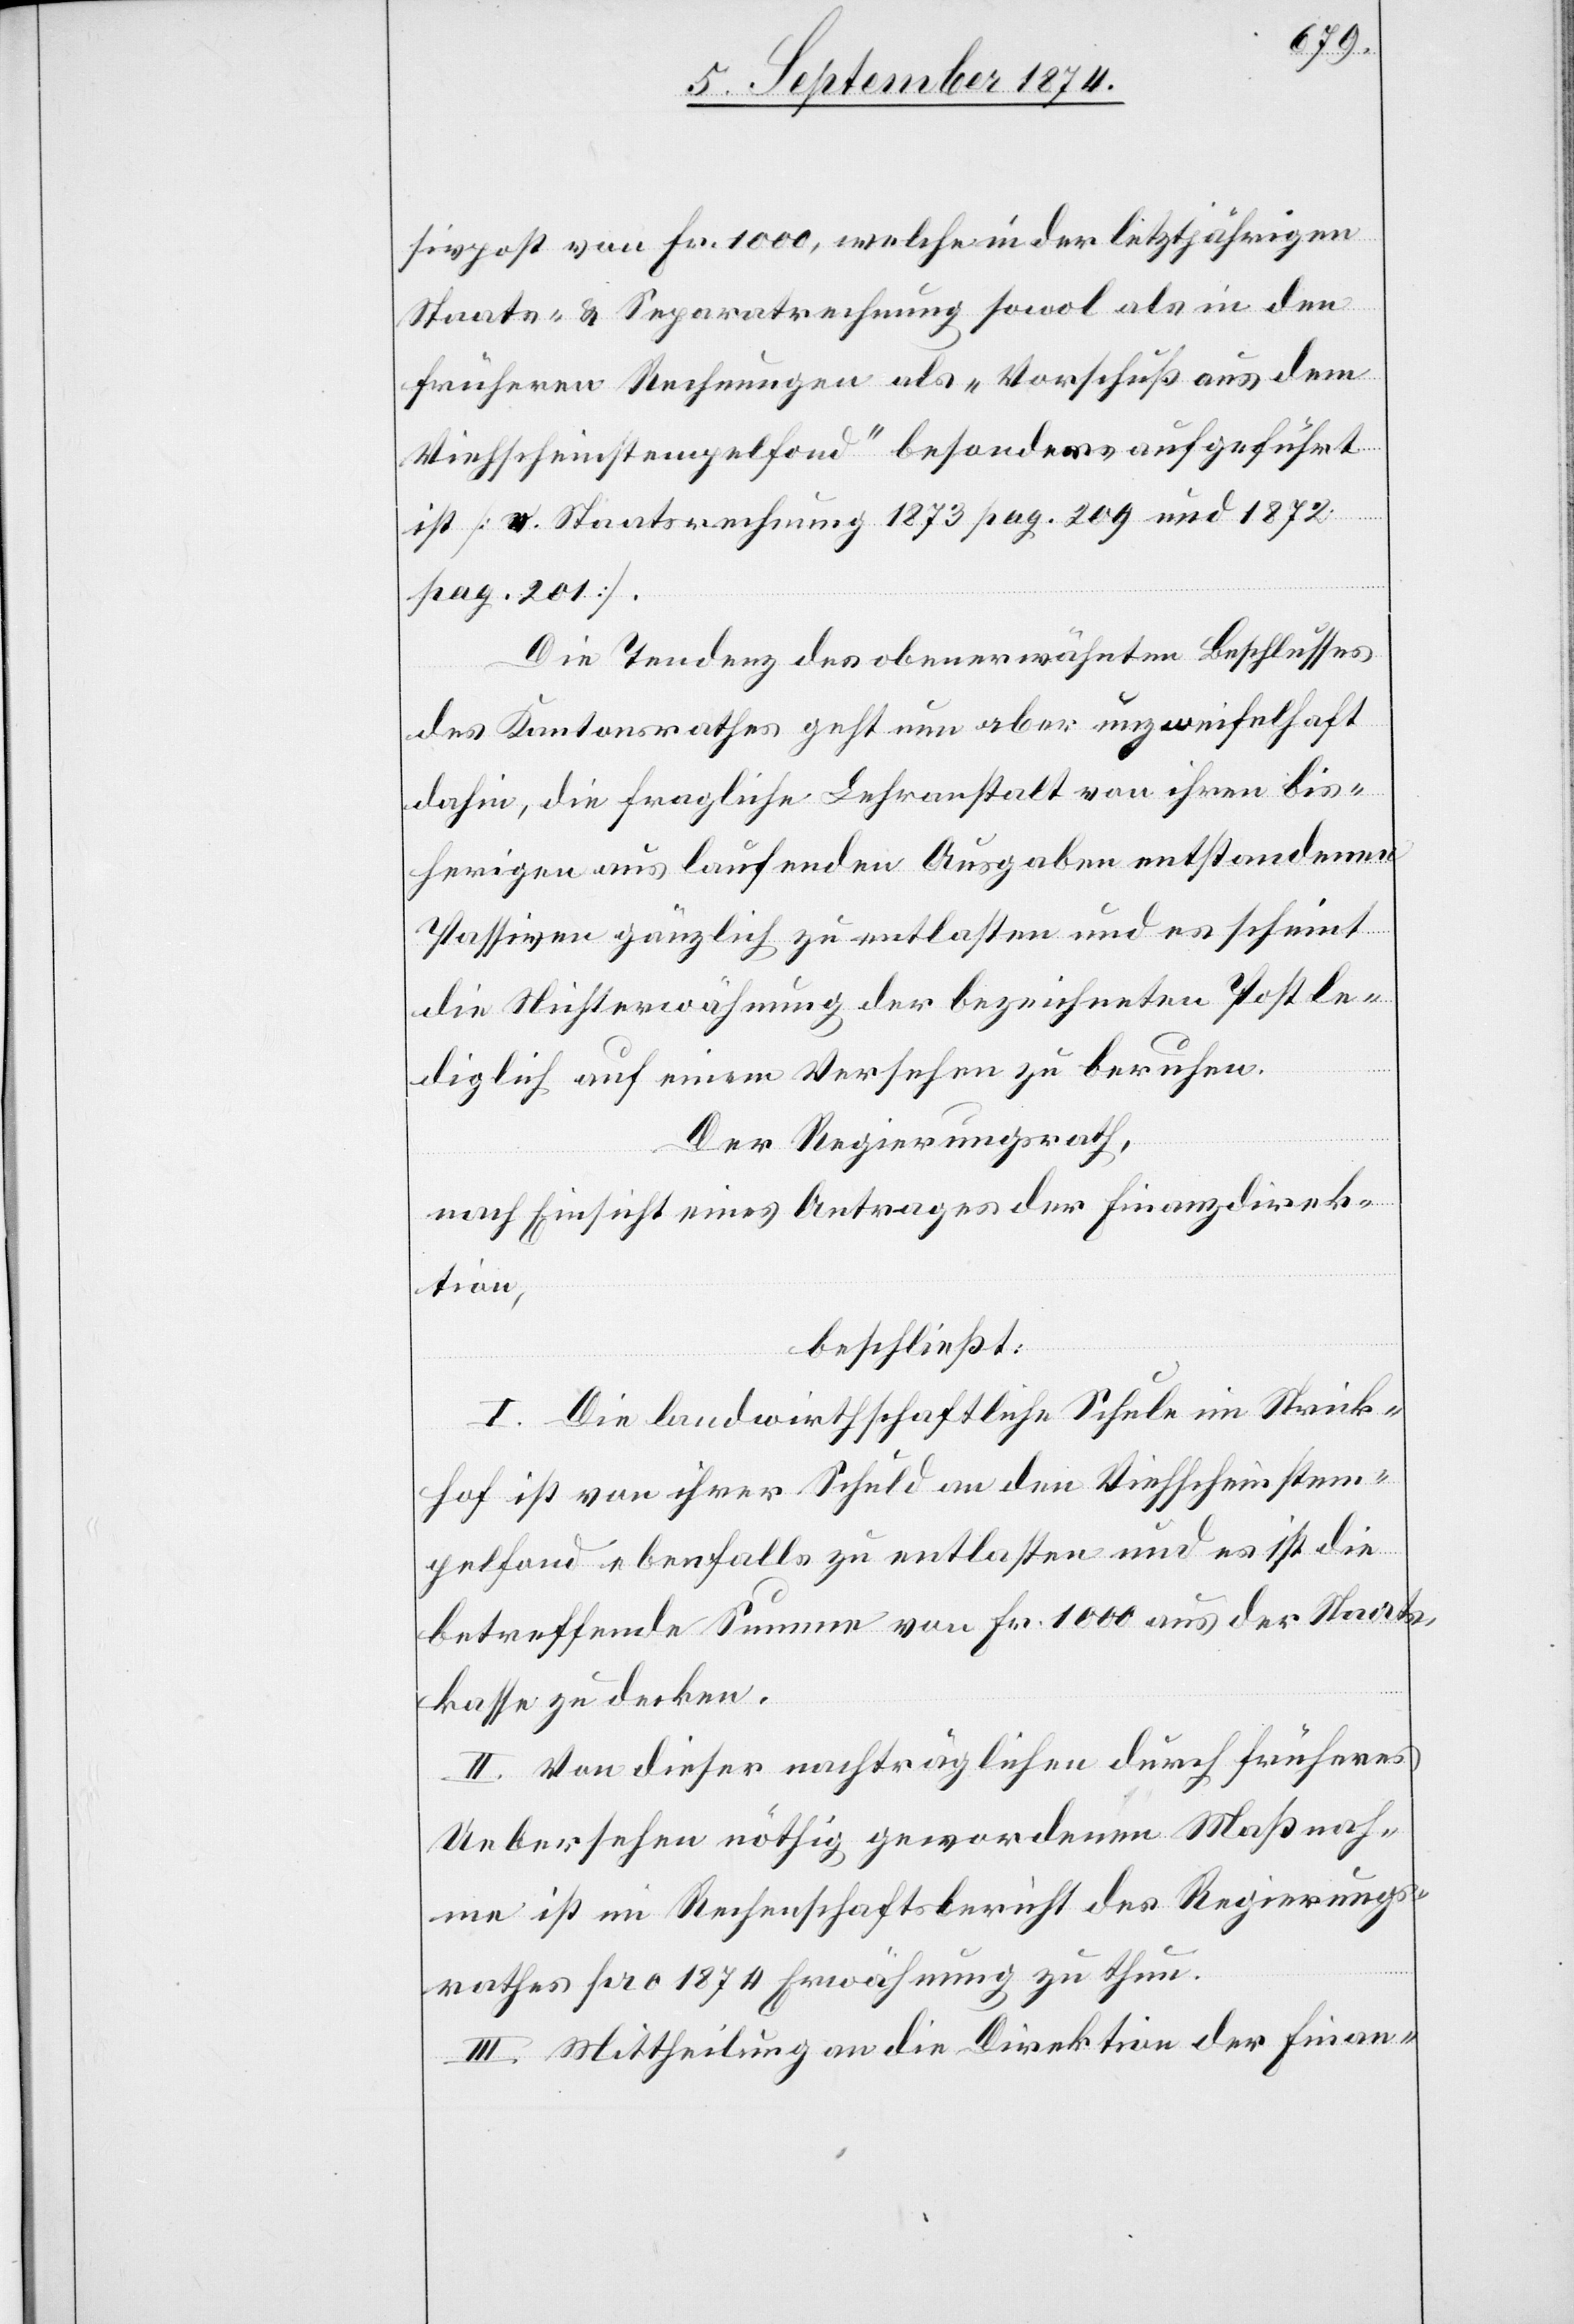
sivpost von Fr. 1000, welche in der letztjährigen
Staats- u. Separatrechnung sowol als in den
früheren Rechnungen als „Vorschuß aus dem
Viehscheinstempelfond“ besonders aufgeführt
ist [v. Staatsrechnung 1873 pag. 209 und 1872
pag. 201.]
Die Tendenz des oberwähnten Beschlusses
des Kantonsrathes geht nun aber unzweifelhaft
dahin, die fragliche Lehranstalt von ihren bis¬
herigen auslaufenden Ausgaben entstandenen
Passiven gänzlich zu entlasten und es scheint
die Nichterwähnung der bezeichneten Post le¬
diglich auf einem Versehen zu beruhen.
Der Regierungsrath,
nach Einsicht eines Antrages der Finanzdirek¬
tion,
beschließt:
I. Die landwirthschaftliche Schule im Strick¬
hof ist von ihrer Schuld an den Viehscheinstem¬
pelfond ebenfalls zu entlasten und es ist die
betreffende Summe von Fr. 1000 aus der Staats¬
kasse zu decken.
II. Von dieser nachträglichen durch früheres
Uebersehen nöthig gewordenen Maßnah¬
me ist im Rechenschaftsbericht des Regierungs¬
rathes pro 1874 Erwähnung zu thun.
III. Mittheilung an die Direktion der Finan-